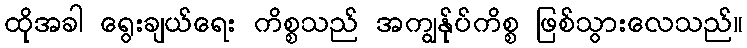
ထိုအခါ ရွေးချယ်ရေး ကိစ္စသည် အကျွန်ုပ်ကိစ္စ ဖြစ်သွားလေသည်။